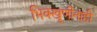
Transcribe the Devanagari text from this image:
भिक्खूणींनाही